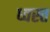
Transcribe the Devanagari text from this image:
ध्वस्‍त